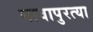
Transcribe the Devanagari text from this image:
नावापुरत्या